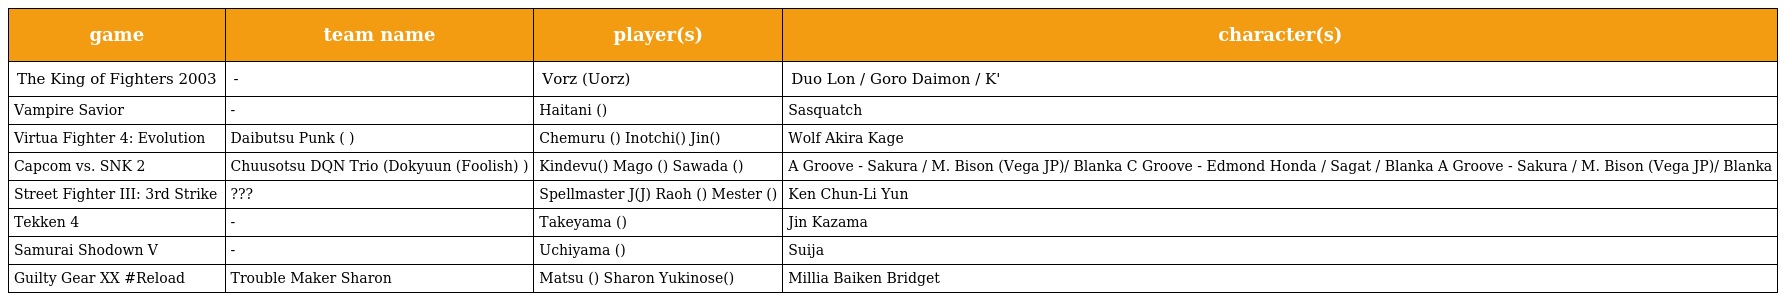
| game | team name | player(s) | character(s) |
 | --- | --- | --- | --- |
 | The King of Fighters 2003 | - | Vorz (Uorz) | Duo Lon / Goro Daimon / K' |
 | Vampire Savior | - | Haitani (ハイタニ) | Sasquatch |
 | Virtua Fighter 4: Evolution | Daibutsu Punk (大仏 パンク) | Chemuru (チェムル) Inotchi(いのっち) Jin(ジン) | Wolf Akira Kage |
 | Capcom vs. SNK 2 | Chuusotsu DQN Trio (Dokyuun (Foolish) トリオ) | Kindevu(金デブ) Mago (マゴ) Sawada (サワダ) | A Groove - Sakura / M. Bison (Vega JP)/ Blanka C Groove - Edmond Honda / Sagat / Blanka A Groove - Sakura / M. Bison (Vega JP)/ Blanka |
 | Street Fighter III: 3rd Strike | ??? | Spellmaster J(スペルマスターJ) Raoh (ラオウ) Mester (メスタ) | Ken Chun-Li Yun |
 | Tekken 4 | - | Takeyama (たけやま) | Jin Kazama |
 | Samurai Shodown V | - | Uchiyama (ウチヤマ) | Suija |
 | Guilty Gear XX #Reload | Trouble Maker Sharon | Matsu (マツ) Sharon Yukinose(ゆきのせ) | Millia Baiken Bridget |